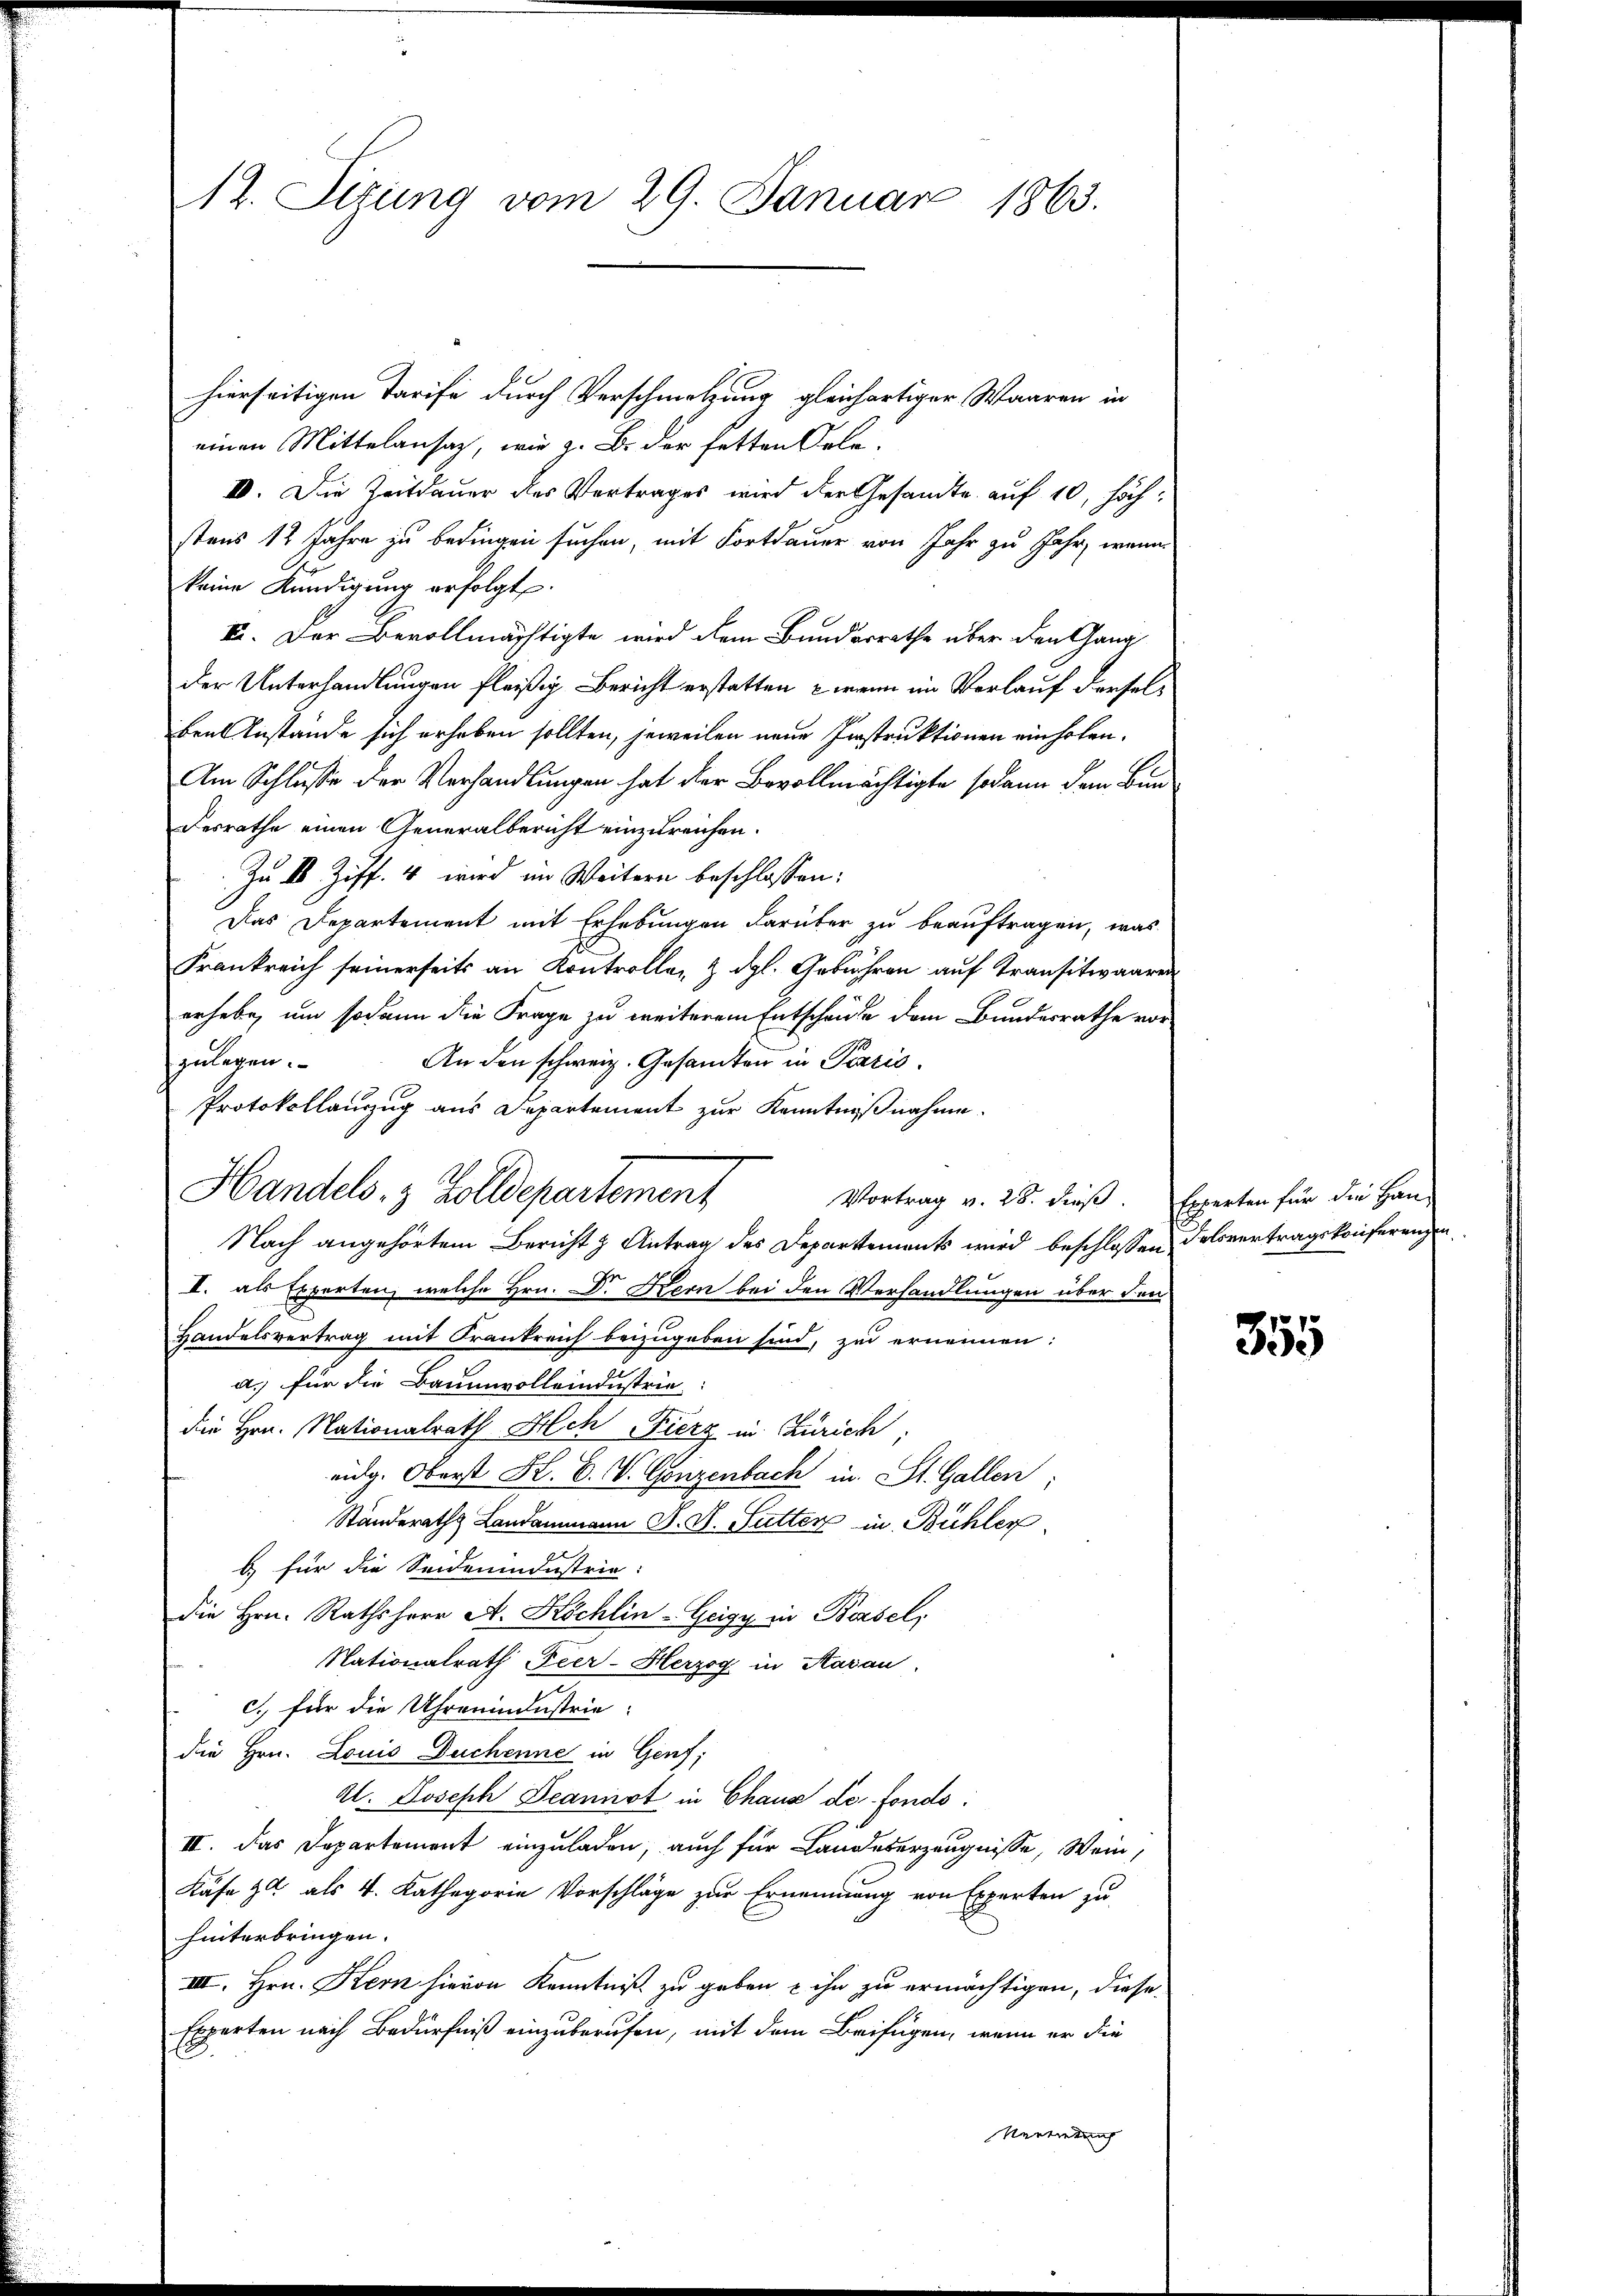
12. Situng vom 29. Januar 1863.

hierseitigen Tarife durch Verschmölzung gleichartiger Waaren in
einen Mittelansaz, wie z. B. der hetten Gele¬
IV. Die Zeitdauer des Vortrages wird der Gesandte auf 10, höchstens 12 Jahre zu bedingen suchen, mit Fortdauer von Jahr zu Jahr, wenn
keine Kündigung erfolgt.
II. Der Bevollmächtigte wird dem Bunderrathe über den Gang
der Unterhandlungen fleißig Bericht erstatten, – wenn im Verlauf derselben Anstände sich erheben sollten, jeweilen neue Instruktionen einholen.
Am Schlusse der Verhandlungen hat der Bevollmächtigte sodann dem Bundesrathe einen Generalbericht einzureichen.
Zu 18 Ziff. 4 wird im Weitern beschlossen:
Das Departement mit Erhebungen darüber zu beauftragen, was
Frankreich seinerseits an Kontrolleg & dgl. Gebühren auf Transitwaaren
erhebe, um sodann die Frage zu weiterem Entscheide dem Bundesrathe vor-
An den schweiz. Gesandten in Paris
zulegen.
Protokollauzug aus Departement zur Kenntnißnahme.
Vortrag v. 28. dieß. Experten für die Han-
Nach angehörtem Bericht & Antrag des Departements wird beschlossen Felsvertragskonferenzen
I. als Experten, welche Hrn. Dr. Kern bei den Verhandlungen über den
Bandelsvertrag mit Frankreich beizugeben sind, zu ernennen:
a.) für die Baumwolleindustrie
die Hrn. Nationalrath Hlch Fierz in Zürich,
eidg. Oberst Hr. C. W. Gonzenbach in St. Gallen;
Ständeraths Landammann F. V. Sutter in Bühler
b für die Seidenindustrie:
die Hrn. Rathsherr A. Köchlin-Geigy in Bessel,
Nationalrath Peer-Herzog in Aarau
c.) für die Uhrenindustrie
die Hrn. Louis Duchenne in Genf;
Kl. Joseph Jeannst in Chaus de fondo.
II. Das Departement einzuladen, auch für Landeberzeugnisse, Wein,
Käse zu als 4. Kathegorie Vorschläge zur Ernennung von Experten zu
hinterbringen.
IIII. Hrn. Kern hievon Kenntniß zu geben & ihn zu ermächtigen, diese
Experten nach Bedürfniß einzuberufen, mit dem Beifügen, wenn er die
Vertretung

Handels. 3 Zolldepartement

355